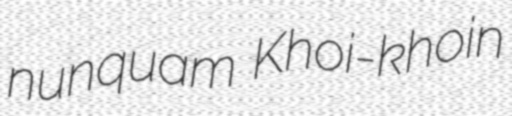
nunquam Khoi-khoin